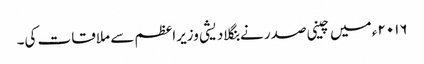
۲۰۱۶ء میں چینی صدر نے بنگلادیشی وزیراعظم سے ملاقات کی۔